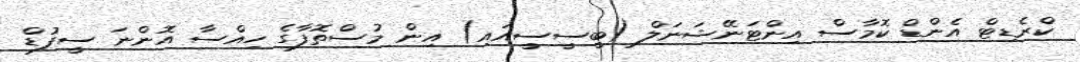
ކްރެޑިޓް އެންޑް ކޮމާސް އިންޓަނޭޝަނަލް (ބީސީސީއައި) އިން މުސްތޮފާގެ ހިއްސާ އޮންނަ ސީފުޑް